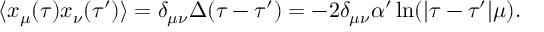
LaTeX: \langle x _ { \mu } ( \tau ) x _ { \nu } ( \tau ^ { \prime } ) \rangle = \delta _ { \mu \nu } \Delta ( \tau - \tau ^ { \prime } ) = - 2 \delta _ { \mu \nu } \alpha ^ { \prime } \ln ( | \tau - \tau ^ { \prime } | \mu ) .